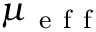
\mu _ { \mathrm { ~ e ~ f ~ f ~ } }